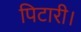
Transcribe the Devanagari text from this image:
पिटारी।